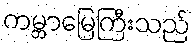
ကမ္ဘာမြေကြီးသည်